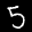
Label: 5